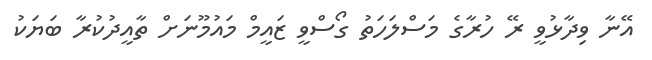
އޭނާ ވިދާޅުވީ ރޭ ހުރާގެ މަސްލަހަތު ގޯސްވީ ޒައީމް މައުމޫނަށް ތާއީދުކުރާ ބަޔަކު